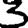
Digit: 3